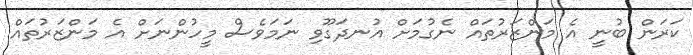
ކަރަން ބުނީ އެ މަންޒަރުތައް ނެގުމަށް އުނދަގޫވި ނަމަވެސް މީހުންނަށް އެ މަންޒަރުތައް